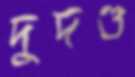
দুদণ্ড